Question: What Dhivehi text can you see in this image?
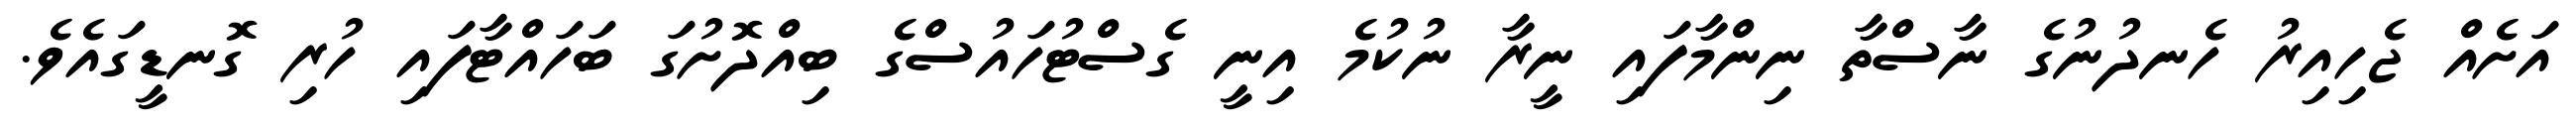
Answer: އަށެއް ޖެހިއިރު ހެނދުނުގެ ނާސްތާ ނިންމާފައި ނީރާ ނުކުމެ އިނީ ގެސްޓުހައުސްގެ ބިއްދޮށުގަ ބަހައްޓާފައި ހުރި ގޮނޑީގައެވެ.